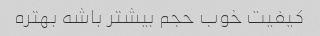
کیفیت خوب حجم بیشتر باشه بهتره